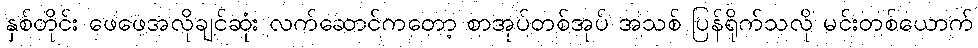
နှစ်တိုင်း ဖေဖေအလိုချင်ဆုံး လက်ဆောင်ကတော့ စာအုပ်တစ်အုပ် အသစ် ပြန်ရိုက်သလို မင်းတစ်ယောက်